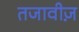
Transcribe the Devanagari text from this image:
तजावीज़